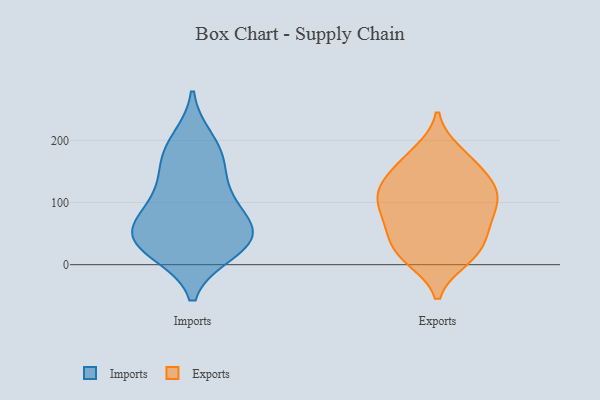
{"axis": {"x": "Customer Acquisition Cost (USD)", "y": "Value"}, "legend": ["Exports", "Imports"], "data": [{"x": "", "y": 169, "type": "Imports"}, {"x": "", "y": 74, "type": "Imports"}, {"x": "", "y": 58, "type": "Imports"}, {"x": "", "y": 113, "type": "Imports"}, {"x": "", "y": 29, "type": "Imports"}, {"x": "", "y": 114, "type": "Imports"}, {"x": "", "y": 172, "type": "Imports"}, {"x": "", "y": 48, "type": "Imports"}, {"x": "", "y": 50, "type": "Imports"}, {"x": "", "y": 22, "type": "Imports"}, {"x": "", "y": 199, "type": "Imports"}, {"x": "", "y": 36, "type": "Imports"}, {"x": "", "y": 16, "type": "Exports"}, {"x": "", "y": 26, "type": "Exports"}, {"x": "", "y": 47, "type": "Exports"}, {"x": "", "y": 16, "type": "Exports"}, {"x": "", "y": 169, "type": "Exports"}, {"x": "", "y": 71, "type": "Exports"}, {"x": "", "y": 124, "type": "Exports"}, {"x": "", "y": 60, "type": "Exports"}, {"x": "", "y": 135, "type": "Exports"}, {"x": "", "y": 105, "type": "Exports"}, {"x": "", "y": 73, "type": "Exports"}, {"x": "", "y": 10, "type": "Exports"}, {"x": "", "y": 164, "type": "Exports"}, {"x": "", "y": 180, "type": "Exports"}, {"x": "", "y": 102, "type": "Exports"}, {"x": "", "y": 121, "type": "Exports"}, {"x": "", "y": 128, "type": "Exports"}, {"x": "", "y": 96, "type": "Exports"}]}